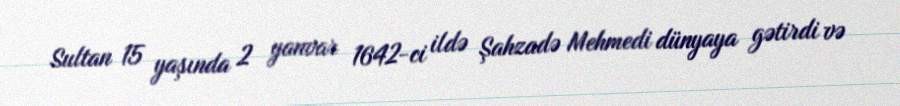
Sultan 15 yaşında 2 yanvar 1642-ci ildə Şahzadə Mehmedi dünyaya gətirdi və